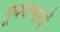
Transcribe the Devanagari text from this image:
पूर्वजन्माचें